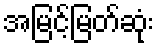
အမြင့်မြတ်ဆုံး